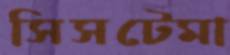
সিসটেমা